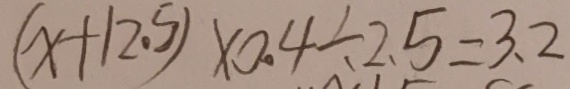
( x + 1 2 . 5 ) \times 0 . 4 \div 2 . 5 = 3 . 2